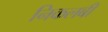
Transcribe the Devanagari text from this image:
निकलबी